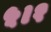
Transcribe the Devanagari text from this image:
५।१